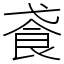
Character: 䬥